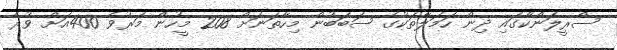
ސްރީލަންކާގައި ދިން ހަމަލާތަކުގެ ސަބަބުން މިހާތަނަށް 208 މީހުން މަރުވެ 400އަށް ވުރެ